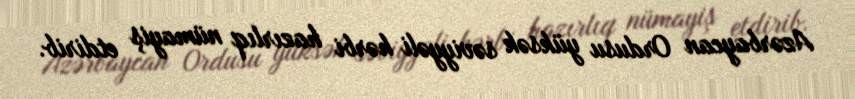
Azərbaycan Ordusu yüksək səviyyəli hərbi hazırlıq nümayiş etdirib.